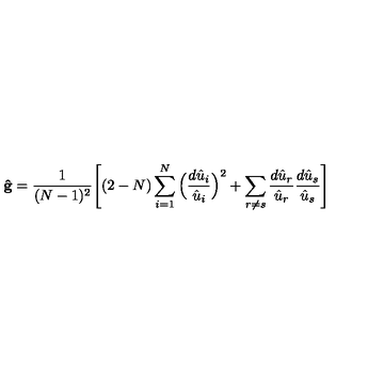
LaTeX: { \bf { \hat { g } } } = \frac { 1 } { ( N - 1 ) ^ { 2 } } \Bigg [ ( 2 - N ) \sum _ { i = 1 } ^ { N } \Big ( \frac { d { \hat { u } } _ { i } } { { \hat { u } } _ { i } } \Big ) ^ { 2 } + \sum _ { r \neq s } \frac { d { \hat { u } } _ { r } } { { \hat { u } } _ { r } } \frac { d { \hat { u } } _ { s } } { { \hat { u } } _ { s } } \Bigg ]